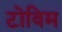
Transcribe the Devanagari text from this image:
टोविम